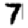
Digit: 7